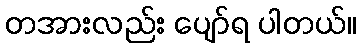
တအားလည်း ပျော်ရ ပါတယ်။